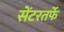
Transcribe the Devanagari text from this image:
सेंटरतर्फे